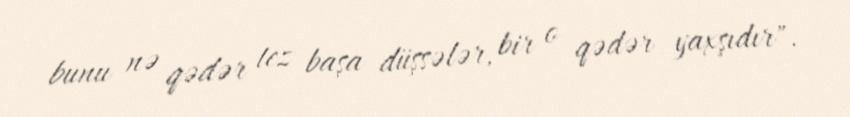
bunu nə qədər tez başa düşsələr, bir o qədər yaxşıdır".